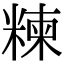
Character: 𥻂